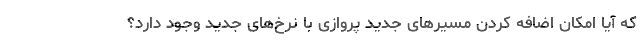
که آیا امکان اضافه کردن مسیرهای جدید پروازی با نرخ‌های جدید وجود دارد؟